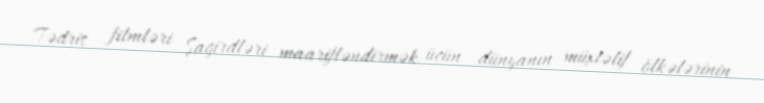
Tədris filmləri Şagirdləri maarifləndirmək üçün dünyanın müxtəlif ölkələrinin